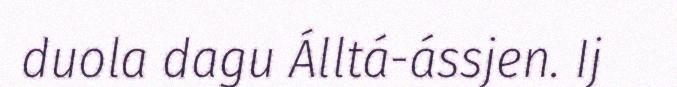
duola dagu Álltá-ássjen. Ij